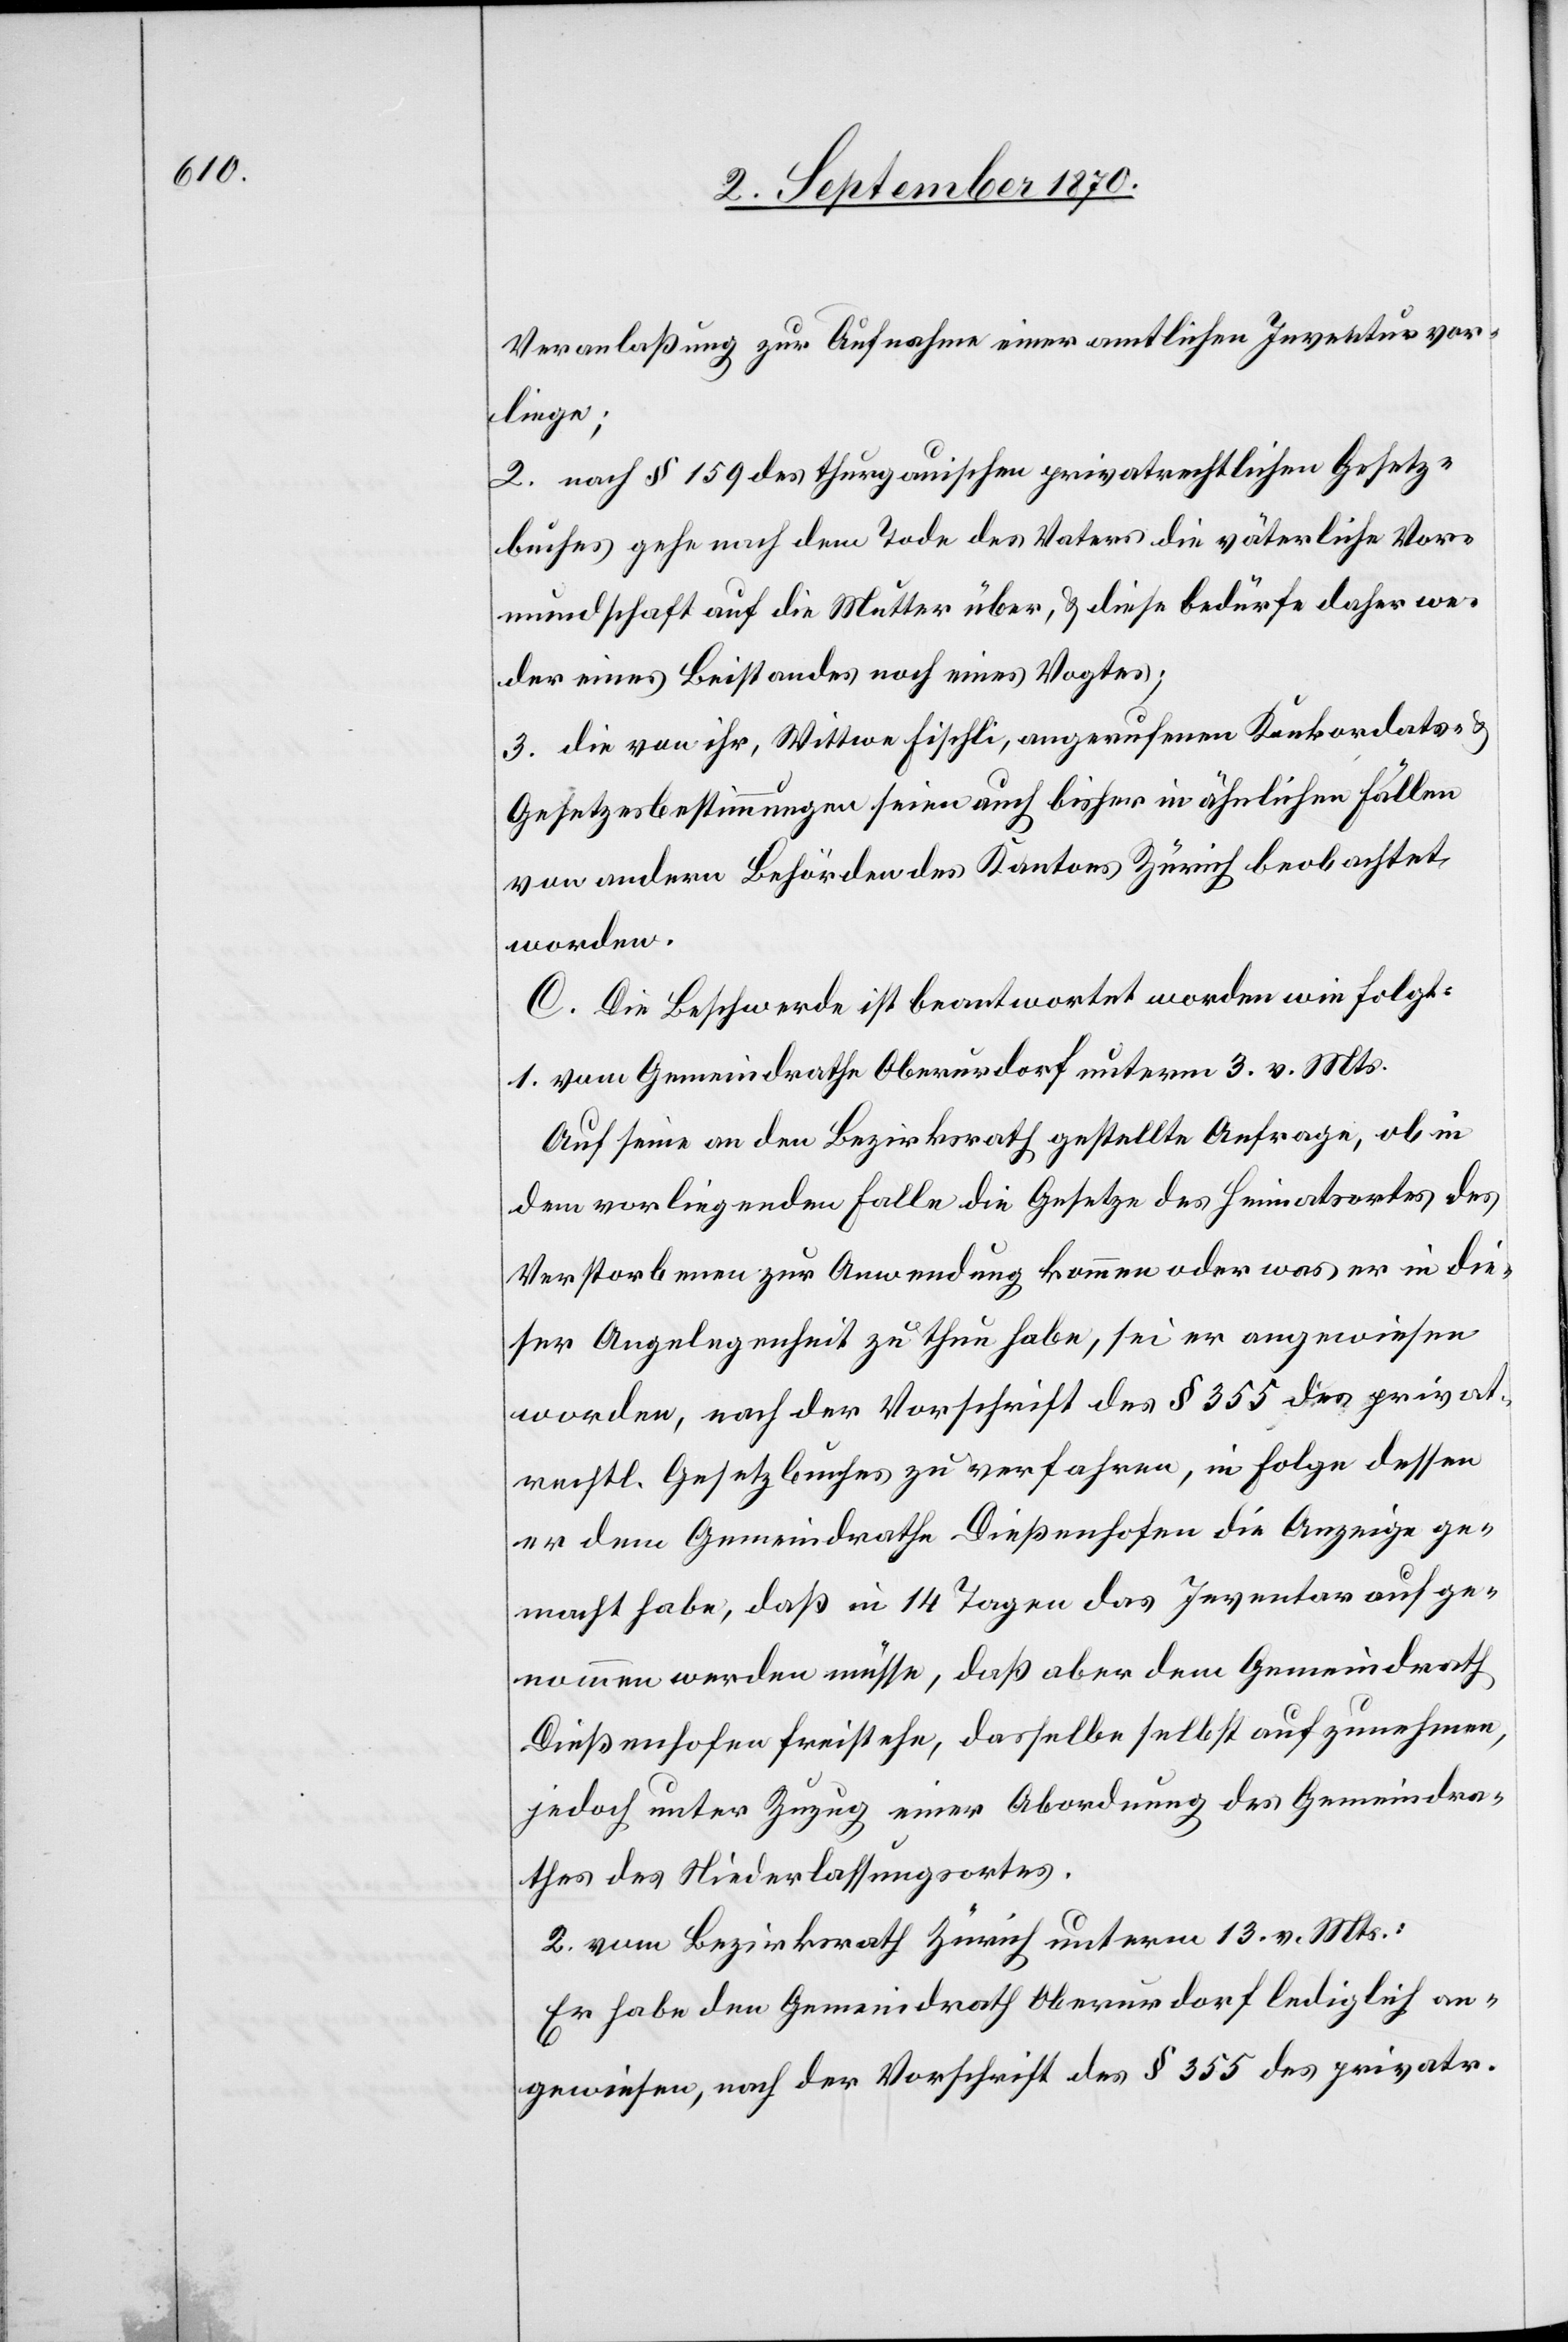
Veranlaßung zur Aufnahme einer amtlichen Inventur vor¬
liege;
2. nach § 19 des thurgauischen privatrechtlichen Gesetz¬
buches gehe nach dem Tode des Vaters die väterliche Vor¬
mundschaft auf die Mutter über, & diese bedürfe daher we¬
der eines Beistandes noch eines Vogtes;
3. die von ihr, Wittwe Fischli, angerufenen Konkordats- &
Gesetzesbestimmungen seien auch bisher in ähnlichen Fällen
von andern Behörden des Kantons Zürich beobachtet
worden.
[sic!] Die Beschwerde ist beantwortet worden wie folgt:
1. vom Gemeindrathe Oberurdorf unterm 3. v. Mts.
Auf seine an den Bezirksrath gestellte Anfrage, ob in
dem vorliegenden Falle die Gesetze des Heimatsortes des
Verstorbenen zur Anwendung kommen oder was er in die¬
ser Angelegenheit zu thun habe, sei er angewiesen
worden, nach der Vorschrift des § 355 des privat¬
rechtl. Gesetzbuches zu verfahren, in Folge dessen
er dem Gemeindrathe Dießenhofen die Anzeige ge¬
macht habe, daß in 14 Tagen das Inventar aufge¬
nommen werden müsse, daß aber dem Gemeindrath
Dießenhofen freistehe, dasselbe selbst aufzunehmen,
jedoch unter Zuzug einer Abordnung des Gemeindra¬
thes des Niederlassungsortes.
2. vom Bezirksrath Zürich unterm 13. v. Mts.:
Er habe den Gemeindrath Oberurdorf lediglich an¬
gewiesen, nach der Vorschrift des § 355 des privatr.